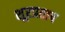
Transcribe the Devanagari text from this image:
शूरप्रताप